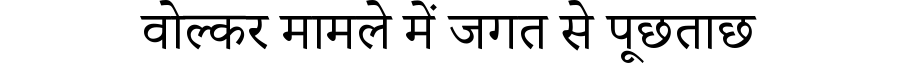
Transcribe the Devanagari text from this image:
वोल्कर मामले में जगत से पूछताछ